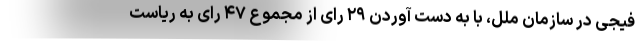
فیجی در سازمان ملل، با به دست آوردن ۲۹ رای از مجموع ۴۷ رای به ریاست